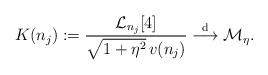
LaTeX: \begin{align*}K(n_j) := \frac{ \mathcal{L}_{n_j}[4]}{\sqrt{1+\eta^2}\,v(n_j) } \stackrel{\rm d}{\longrightarrow} \mathcal M_\eta.\end{align*}